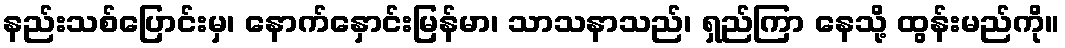
နည်းသစ်ပြောင်းမှ၊ နောက်နှောင်းမြန်မာ၊ သာသနာသည်၊ ရှည်ကြာ နေသို့ ထွန်းမည်ကို။